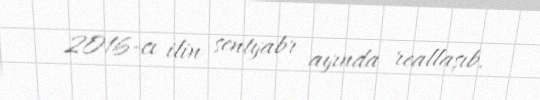
2016-cı ilin sentyabr ayında reallaşıb.